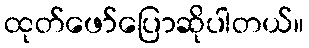
ထုတ်ဖော်ပြောဆိုပါတယ်။